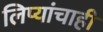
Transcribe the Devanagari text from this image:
लिप्यांचाही